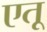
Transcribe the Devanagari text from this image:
एतू